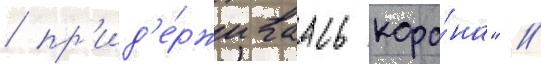
/ пр'ид'е́рживаась кора́на" //